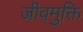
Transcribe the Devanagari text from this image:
जीवमुक्ति